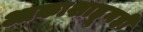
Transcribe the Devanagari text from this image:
आकाशाहूनही